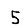
Digit: 5